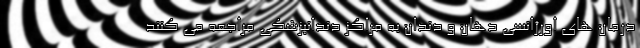
درمان های اورژانسی دهان و دندان به مراکز دندانپزشکی مراجعه می کنند